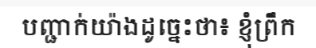
បញ្ជាក់យ៉ាងដូច្នេះថា៖ ខ្ញុំព្រឹក